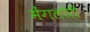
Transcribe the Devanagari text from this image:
मेंगलोरी